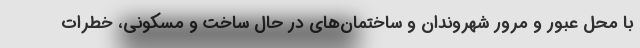
با محل عبور و مرور شهروندان و ساختمان‌های در حال ساخت و مسکونی، خطرات